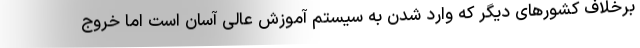
برخلاف کشورهای دیگر که وارد شدن به سیستم آموزش عالی آسان است اما خروج